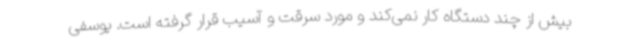
بیش از چند دستگاه کار نمی‌کند و مورد سرقت و آسیب قرار گرفته است. یوسفی